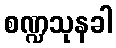
စဏ္ဍသုနခါ